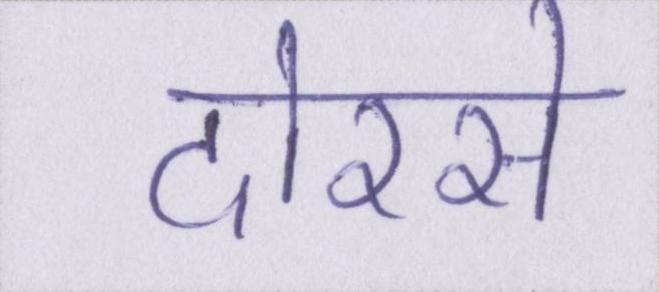
दोरसे